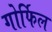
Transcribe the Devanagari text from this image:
गोर्फिल